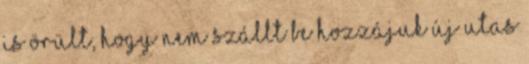
is örült, hogy nem szállt be hozzájuk új utas